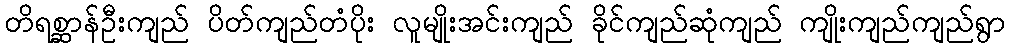
တိရစ္ဆာန်ဦးကျည် ပိတ်ကျည်တံပိုး လူမျိုးအင်းကျည် ခိုင်ကျည်ဆုံကျည် ကျိုးကျည်ကျည်ရွာ